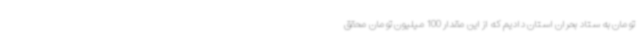
تومان به ستاد بحران استان دادیم که از این مقدار 100 میلیون تومان محقق